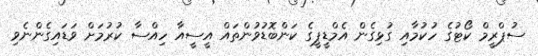
ސުޕްރީމް ކޯޓުގެ ހުކުމާއި ގުޅިގެން އެމްޑީޕީގެ ކަންބޮޑުވުންތައް އީސީއާ ހިއްސާ ކުރުމަށް ވަޑައިގެންނެވި